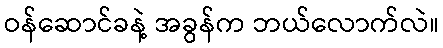
ဝန်ဆောင်ခနဲ့ အခွန်က ဘယ်လောက်လဲ။